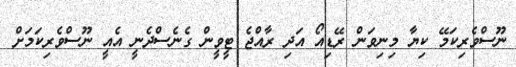
ނޫސްވެރިކަމޭ ކިޔާ މިނިވަން ރޭޑިއޯ އަދި ރާއްޖެ ޓީވީން ގެނެސްދެނީ އެއީ ނޫސްވެރިކަމަށް